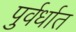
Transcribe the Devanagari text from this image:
पुर्वर्धात